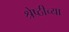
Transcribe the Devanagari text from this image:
श्रेष्ठीच्या